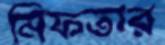
মিফতার